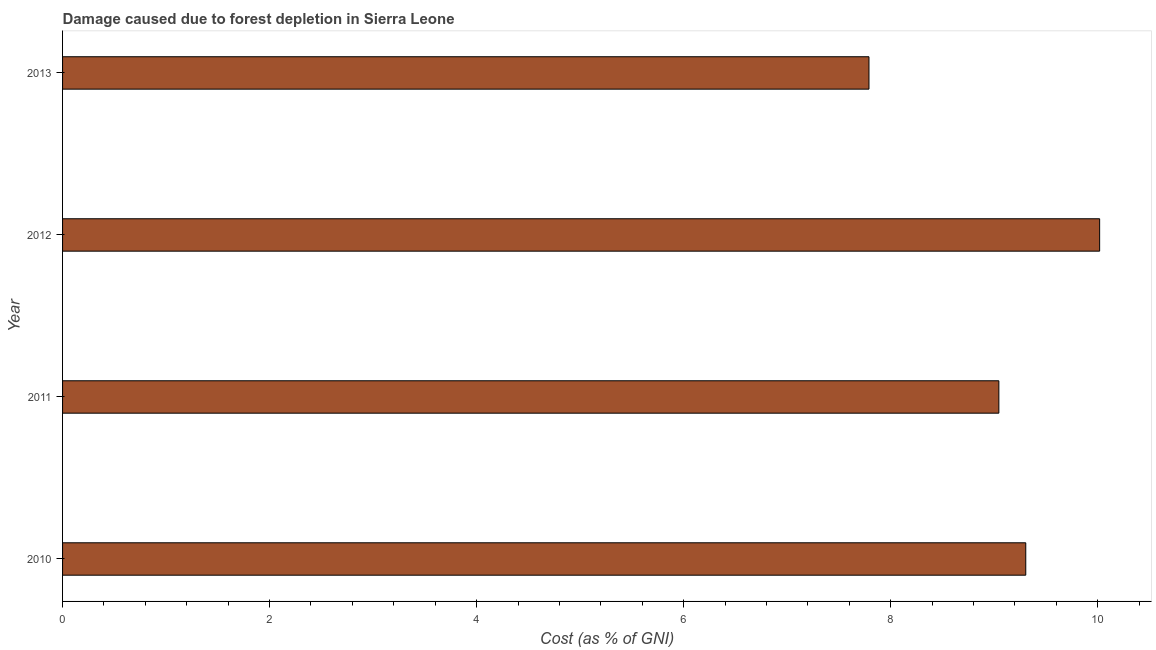
| Year | net forest depletion |
 | --- | --- |
 | 2010 | 9.31 |
 | 2011 | 9.05 |
 | 2012 | 10 |
 | 2013 | 7.79 |